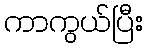
ကာကွယ်ပြီး